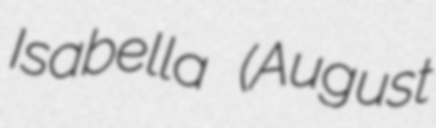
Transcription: Isabella (August